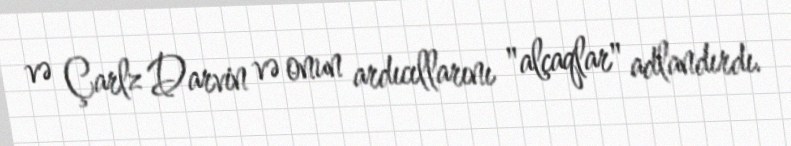
və Çarlz Darvin və onun ardıcıllarını "alçaqlar" adlandırdı.